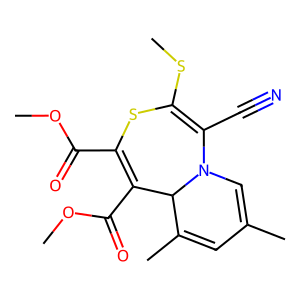
SMILES: COC(=O)C1=C(C(=O)OC)C2C(C)=CC(C)=CN2C(C#N)=C(SC)S1
Inhibits HIV replication: No